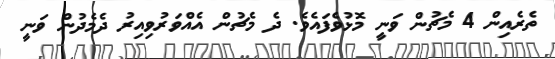
ތެރެއިން 4 މެޗުން ވަނީ މޮޅުވެފައެވެ. ދެ މެޗުން އެއްވަރުވިއިރު ދެމެދުން ވަނީ